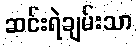
ဆင်းရဲချမ်းသာ